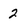
Character: 2